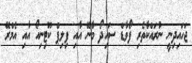
ޖަހައިދިނީ ނުރައްކާތެރި ފޯވާޑް ސައިދޯ މާނޭ އާއި ފިލިޕް ކޫޓިނިއޯ އާއި އެމްރޭ